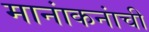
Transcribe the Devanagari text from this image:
मानांकनांची